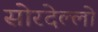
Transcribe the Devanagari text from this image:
सोरदेल्लो